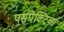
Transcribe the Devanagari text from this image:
पर्सपेक्टिव्स